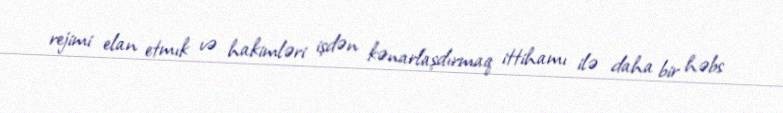
rejimi elan etmık və hakimləri işdən kənarlaşdırmaq ittihamı ilə daha bir həbs